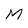
Character: M